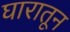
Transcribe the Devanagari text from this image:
घारातून